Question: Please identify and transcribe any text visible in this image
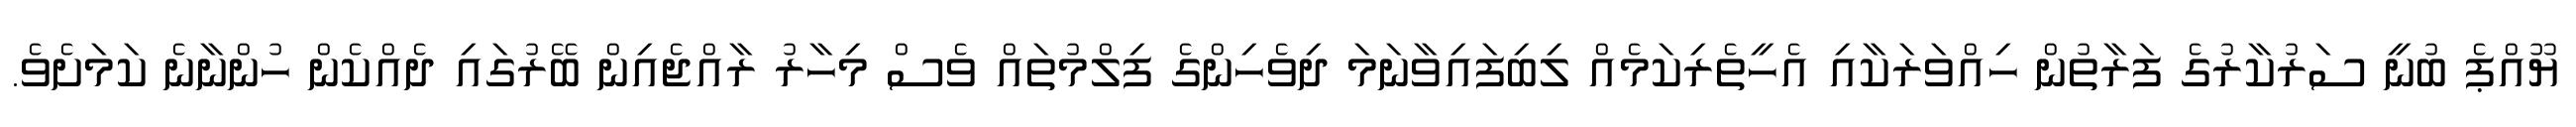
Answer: ޔޫއްޕެ ބުނީ ސަރުކާރުގެ ފަރާތުން ހިއްވަރަކާއި އެހީތެރިކަމެއް ލިބިފައިވާނަމަ ދިވެހިންގެ ފިލްމުތައް ވެސް މިހާރު ރާއްޖެއިން ބޭރުގައި ދެއްކެން ހުންނާނެ ކަމަށެވެ.